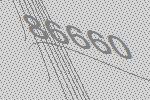
86660